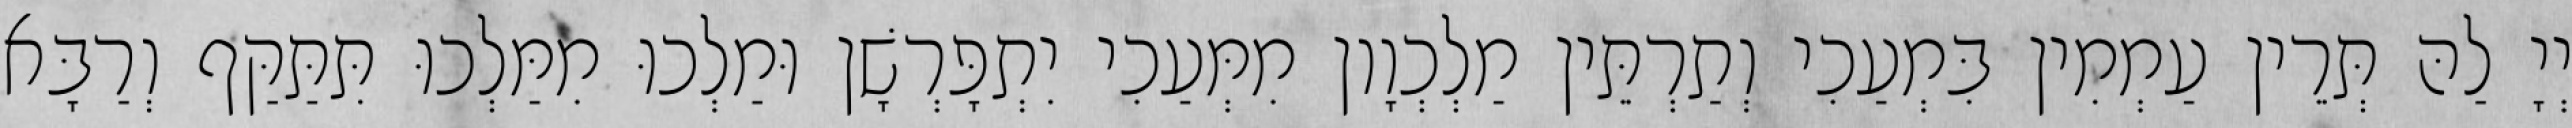
יְיָ לַהּ תְּרֵין עַמְמִין בִּמְעַכִי וְתַרְתֵּין מַלְכְוָון מִמְּעַכִי יִתְפָּרְשָׁן וּמַלְכוּ מִמַּלְכוּ תִּתַּקַּף וְרַבָּא